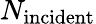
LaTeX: N_{\mathrm{incident}}